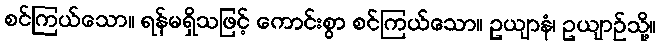
စင်ကြယ်သော။ ရန်မရှိသဖြင့် ကောင်းစွာ စင်ကြယ်သော။ ဥယျာနံ၊ ဥယျာဉ်သို့။